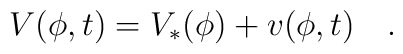
V(\phi,t)=V_*(\phi)+v(\phi,t)\quad.